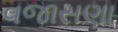
વજાસણા